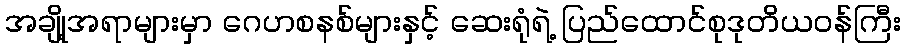
အချို့အရာများမှာ ဂေဟစနစ်များနှင့် ဆေးရုံရဲ့ ပြည်ထောင်စုဒုတိယဝန်ကြီး